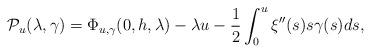
LaTeX: \begin{align*}\mathcal{P}_u(\lambda,\gamma)=\Phi_{u,\gamma}(0,h,\lambda)-\lambda u-\frac{1}{2}\int_0^u\xi''(s)s\gamma(s) ds,\end{align*}